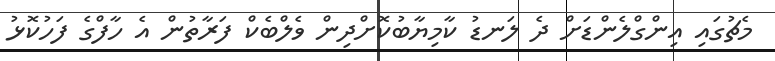
މެޗުގައި އިންގްލެންޑަށް ދެ ލަނޑު ކާމިޔާބުކޮށްދިން ވެލްބެކް ފަރާތުން އެ ހާފްގެ ފަހުކޮޅު